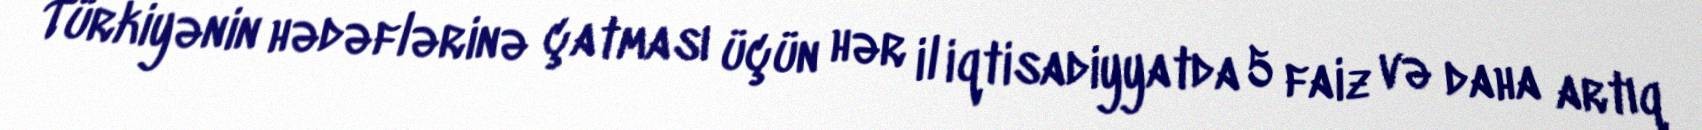
Türkiyənin hədəflərinə çatması üçün hər il iqtisadiyyatda 5 faiz və daha artıq